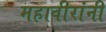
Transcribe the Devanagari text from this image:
महावीरांनी